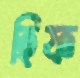
হিফ